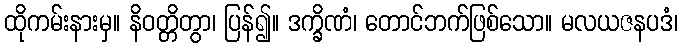
ထိုကမ်းနားမှ။ နိဝတ္တိတွာ၊ ပြန်၍။ ဒက္ခိဏံ၊ တောင်ဘက်ဖြစ်သော။ မလယဇနပဒံ၊